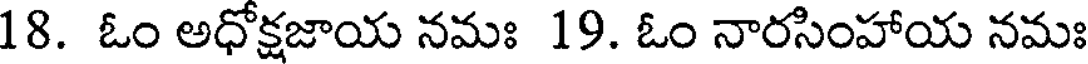
18. ఓం అధోక్షజాయ నమః 19. ఓం నారసింహాయ నమః